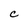
Character: C